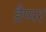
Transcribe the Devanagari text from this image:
डैप्पर